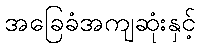
အခြေခံအကျဆုံးနှင့်